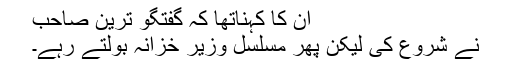
ان کا کہناتھا کہ گفتگو ترین صاحب
نے شروع کی لیکن پھر مسلسل وزیر خزانہ بولتے رہے۔